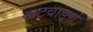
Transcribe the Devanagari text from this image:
खट्वाङ्गं